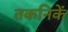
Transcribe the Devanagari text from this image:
तकनिकें